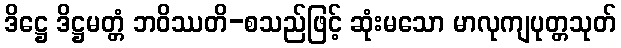
ဒိဋ္ဌေ ဒိဋ္ဌမတ္တံ ဘဝိဿတိ-စသည်ဖြင့် ဆုံးမသော မာလုကျပုတ္တသုတ်